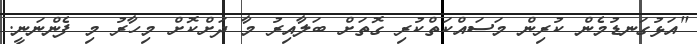
"އަޅުގަނޑުމެން ކުރިން މަސައްކަތްކުރި ގޮތަށް ބަލާއިރު މާ ދަށްކޮށް މިހާރު މި ފެންނަނީ.